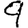
Digit: 9